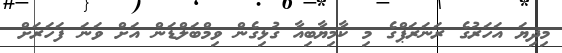
މިދިޔަ އަހަރުގެ ރަނަރަޕްގެ މި ކާމިޔާބިއާ ގުޅިގެން ވިމްބަލްޑަން އަށް ވަނަ ފަހަރަށް